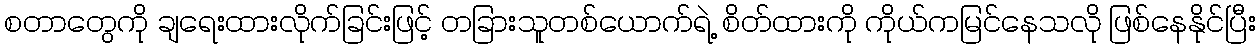
စတာတွေကို ချရေးထားလိုက်ခြင်းဖြင့် တခြားသူတစ်ယောက်ရဲ့ စိတ်ထားကို ကိုယ်ကမြင်နေသလို ဖြစ်နေနိုင်ပြီး